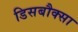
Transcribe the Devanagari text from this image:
डिसबौक्सा